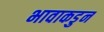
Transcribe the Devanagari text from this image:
भावाकडुन